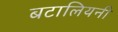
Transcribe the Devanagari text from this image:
बटालियनी